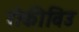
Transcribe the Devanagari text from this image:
रोकीविउ